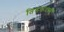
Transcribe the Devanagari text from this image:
तिरुकदावुर